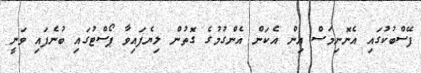
ފޭސްބުކުގައި އެނޮނިމަސް އިން އެކަން އެންގުމުގެ ގޮތުން ލިޔެފައިވާ ޕޯސްޓުގައި ބުނެފައި ވަނީ